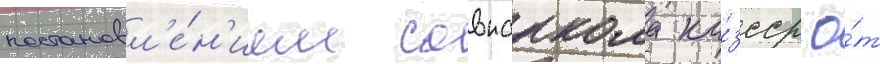
постановл'е́н'ием совнаркома ка́зсср о́т